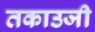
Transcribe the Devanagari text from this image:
तकाउजी